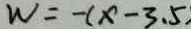
W = - ( x - 3 . 5 )